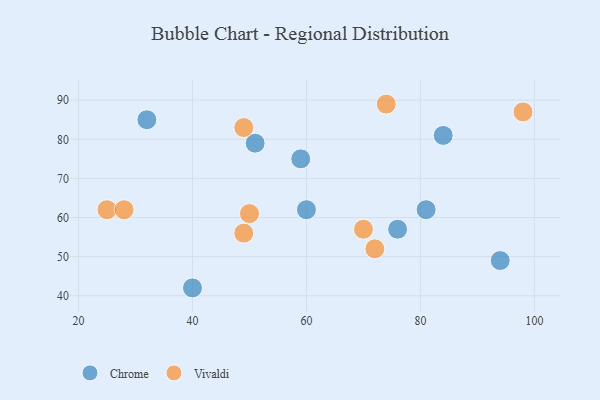
{"axis": {"x": "GDP", "y": "Life Expectancy"}, "legend": ["Chrome", "Vivaldi"], "data": [{"x": "84", "y": 81, "type": "Chrome"}, {"x": "32", "y": 85, "type": "Chrome"}, {"x": "59", "y": 75, "type": "Chrome"}, {"x": "81", "y": 62, "type": "Chrome"}, {"x": "60", "y": 62, "type": "Chrome"}, {"x": "51", "y": 79, "type": "Chrome"}, {"x": "76", "y": 57, "type": "Chrome"}, {"x": "94", "y": 49, "type": "Chrome"}, {"x": "40", "y": 42, "type": "Chrome"}, {"x": "49", "y": 56, "type": "Vivaldi"}, {"x": "74", "y": 89, "type": "Vivaldi"}, {"x": "70", "y": 57, "type": "Vivaldi"}, {"x": "25", "y": 62, "type": "Vivaldi"}, {"x": "72", "y": 52, "type": "Vivaldi"}, {"x": "28", "y": 62, "type": "Vivaldi"}, {"x": "49", "y": 83, "type": "Vivaldi"}, {"x": "50", "y": 61, "type": "Vivaldi"}, {"x": "98", "y": 87, "type": "Vivaldi"}]}